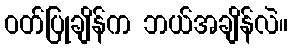
ဝတ်ပြုချိန်က ဘယ်အချိန်လဲ။